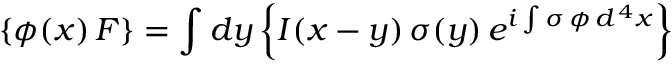
\left\{ \phi ( x ) \, F \right\} = \int d y \left\{ I ( x - y ) \, \sigma ( y ) \, e ^ { i \int \sigma \, \phi \, d ^ { \, 4 } x } \right\}